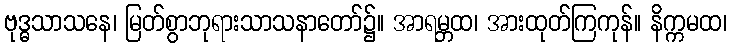
ဗုဒ္ဓသာသနေ၊ မြတ်စွာဘုရားသာသနာတော်၌။ အာရမ္ဘထ၊ အားထုတ်ကြကုန်။ နိက္ကမထ၊